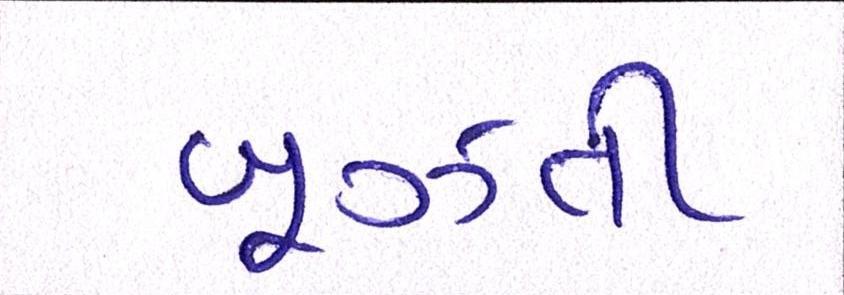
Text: બૂઝતી